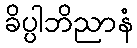
ခိပ္ပါဘိညာနံ